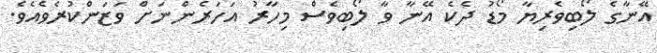
އޭނާގެ ލޯބިވެރިޔާ މޯޑު ދެކެ އޭނާ ވާ ލޯބިވެސް މިހާރު އަހަރެންނަށް ވަޒަންކުރެވެއެވެ.